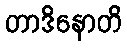
တာဒိနောတိ